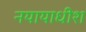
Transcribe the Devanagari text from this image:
नयायाधीश